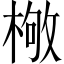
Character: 𣕌